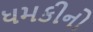
ધમકીનો